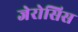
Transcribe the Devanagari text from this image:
जेरोसिस